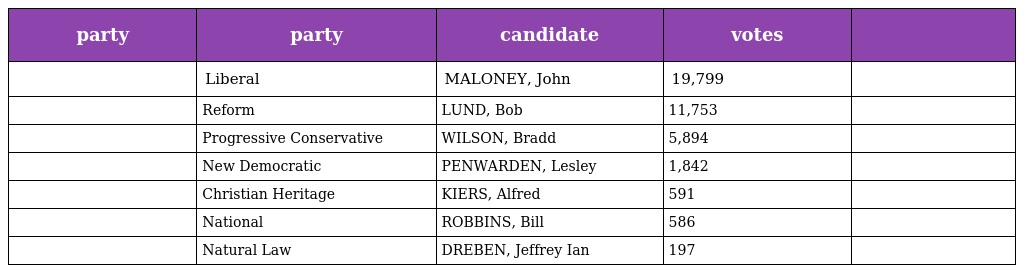
| party | party | candidate | votes |  |
 | --- | --- | --- | --- | --- |
 |  | Liberal | MALONEY, John | 19,799 |  |
 |  | Reform | LUND, Bob | 11,753 |  |
 |  | Progressive Conservative | WILSON, Bradd | 5,894 |  |
 |  | New Democratic | PENWARDEN, Lesley | 1,842 |  |
 |  | Christian Heritage | KIERS, Alfred | 591 |  |
 |  | National | ROBBINS, Bill | 586 |  |
 |  | Natural Law | DREBEN, Jeffrey Ian | 197 |  |